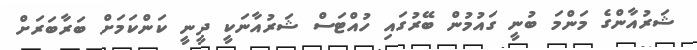
ޝަރުއާންގެ މަންމަ ބުނީ ގައުމުން ބޭރުގައި ހުއްޓަސް ޝަރުއާނަކީ ދީނީ ކަންކަމަށް ބަރާބަރަށް